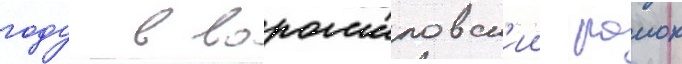
году в ворошиловск'ии раион